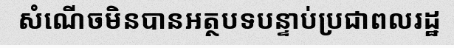
សំណើចមិនបានអត្ថបទបន្ទាប់ប្រជាពលរដ្ឋ